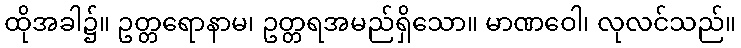
ထိုအခါ၌။ ဥတ္တရောနာမ၊ ဥတ္တရအမည်ရှိသော။ မာဏဝေါ၊ လုလင်သည်။